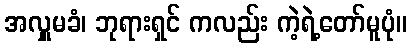
အလှူမခံ၊ ဘုရားရှင် ကလည်း ကဲ့ရဲ့တော်မူပုံ။